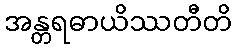
အန္တရဓာယိဿတီတိ